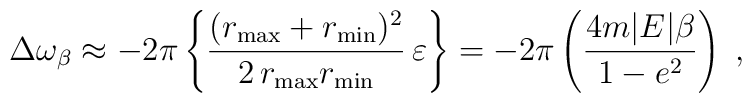
\Delta\omega_{\beta}\approx -2\pi\left\{ \frac{(r_{\max} + r_{\min})^2}{2\,r_{\max} r_{\min}}\,                     \varepsilon             \right\}= -2\pi\left( \frac{ 4 m|E|\beta }{ 1-e^2 } \right)\;,